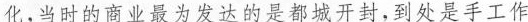
化，当时的商业最为发达的是都城开封，到处是手工作